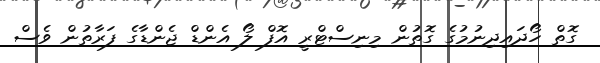
ގޮތް ހޯދައިދިނުމުގެ ގޮތުން މިނިސްޓްރީ އޮފް ލޯ އެންޑް ޖެންޑާގެ ފަރާތުން ވެސް